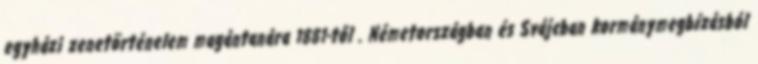
egyházi zenetörténelem magántanára 1881-től . Németországban és Svájcban kormánymegbízásból